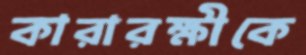
কারারক্ষীকে